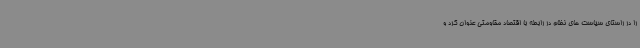
را در راستای سیاست های نظام در رابطه با اقتصاد مقاومتی عنوان کرد و